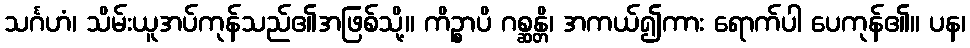
သင်္ဂဟံ၊ သိမ်းယူအပ်ကုန်သည်၏အဖြစ်သို့။ ကိဉ္စာပိ ဂစ္ဆန္တိ၊ အကယ်၍ကား ရောက်ပါ ပေကုန်၏။ ပန၊